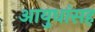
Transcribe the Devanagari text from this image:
आयुधांसह